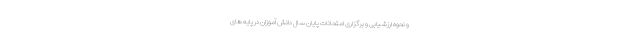
و نحوه ارزشیابی و برگزاری امتحانات پایان سال دانش آموزان در پایه های